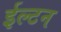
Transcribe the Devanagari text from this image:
ईल्टन